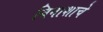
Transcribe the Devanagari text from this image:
विनाशाचे